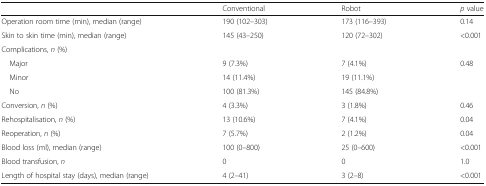
<table><thead><tr><td></td><td><b>Conventional</b></td><td><b>Robot</b></td><td><b><i>p</i> value</b></td></tr></thead><tbody><tr><td>Operation room time (min), median (range)</td><td>190 (102–303)</td><td>173 (116–393)</td><td>0.14</td></tr><tr><td>Skin to skin time (min), median (range)</td><td>145 (43–250)</td><td>120 (72–302)</td><td>&lt;0.001</td></tr><tr><td colspan="4">Complications, <i>n</i> (%)</td></tr><tr><td> Major</td><td>9 (7.3%)</td><td>7 (4.1%)</td><td>0.48</td></tr><tr><td> Minor</td><td>14 (11.4%)</td><td>19 (11.1%)</td><td></td></tr><tr><td> No</td><td>100 (81.3%)</td><td>145 (84.8%)</td><td></td></tr><tr><td>Conversion, <i>n</i> (%)</td><td>4 (3.3%)</td><td>3 (1.8%)</td><td>0.46</td></tr><tr><td>Rehospitalisation, <i>n</i> (%)</td><td>13 (10.6%)</td><td>7 (4.1%)</td><td>0.04</td></tr><tr><td>Reoperation, <i>n</i> (%)</td><td>7 (5.7%)</td><td>2 (1.2%)</td><td>0.04</td></tr><tr><td>Blood loss (ml), median (range)</td><td>100 (0–800)</td><td>25 (0–600)</td><td>&lt;0.001</td></tr><tr><td>Blood transfusion, <i>n</i></td><td>0</td><td>0</td><td>1.0</td></tr><tr><td>Length of hospital stay (days), median (range)</td><td>4 (2–41)</td><td>3 (2–8)</td><td>&lt;0.001</td></tr></tbody></table>